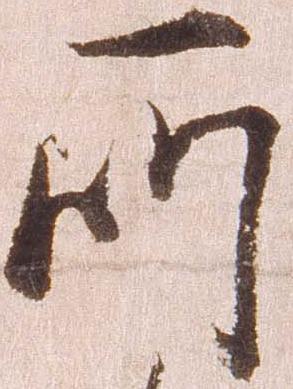
所